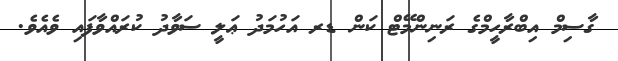
ގާސިމް އިބްރާހީމްގެ ރަނިންމޭޓް ކަން ޑރ އަހުމަދު ޢަލީ ސަވާދު ކުރައްވާފައި ވެއެވެ.